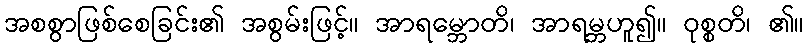
အစစွာဖြစ်စေခြင်း၏ အစွမ်းဖြင့်။ အာရမ္ဘောတိ၊ အာရမ္ဘဟူ၍။ ဝုစ္စတိ၊ ၏။